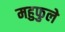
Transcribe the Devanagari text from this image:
महुफुले